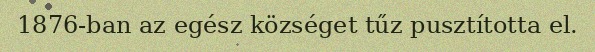
1876-ban az egész községet tűz pusztította el.